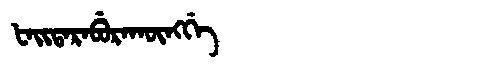
Manchu: ᡶᠠᡳᡨᠠᡵᠠᠪᡠᡵᠠᡴᡡᠩᡤᡝ
Romanization: FAITARABURAKŪNGGE